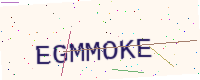
Text: EGMMOKE